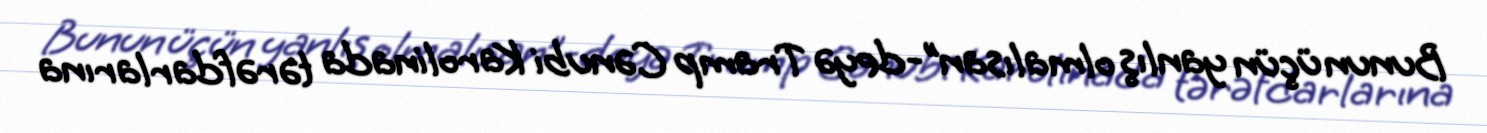
Bunun üçün yanlış olmalısan”-deyə Tramp Cənubi Karolinada tərəfdarlarına